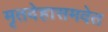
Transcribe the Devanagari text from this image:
मृतदेहासमवेत